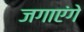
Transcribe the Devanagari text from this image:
जगाएंगे